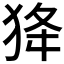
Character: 𤝷